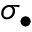
\sigma _ { \bullet }